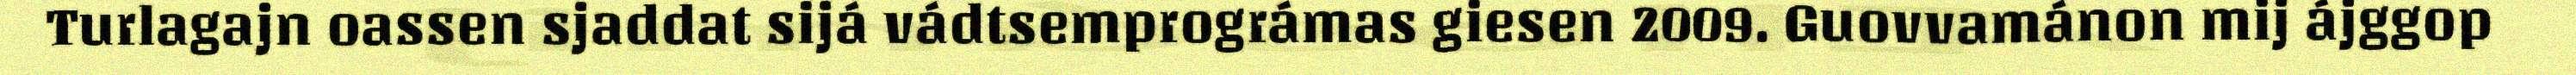
Turlagajn oassen sjaddat sijá vádtsemprográmas giesen 2009. Guovvamánon mij ájggop